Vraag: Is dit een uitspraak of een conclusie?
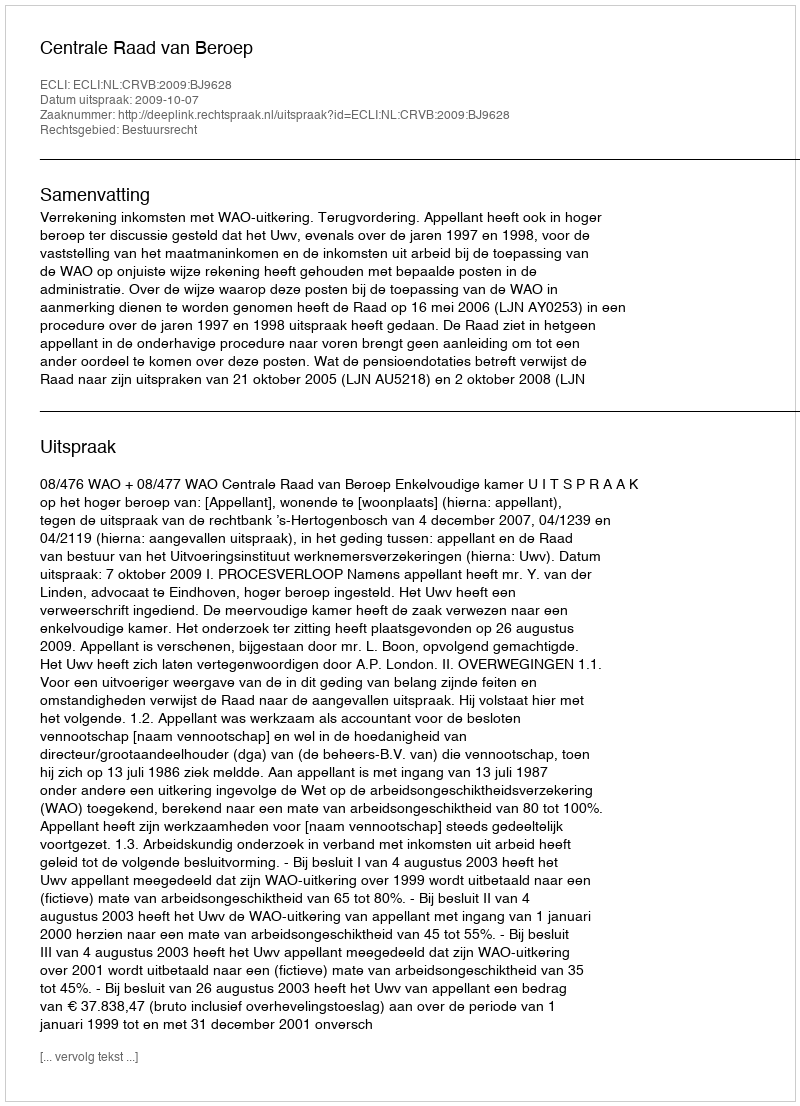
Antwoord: Uitspraak